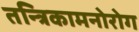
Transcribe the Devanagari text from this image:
तन्त्रिकामनोरोग